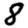
Digit: 8